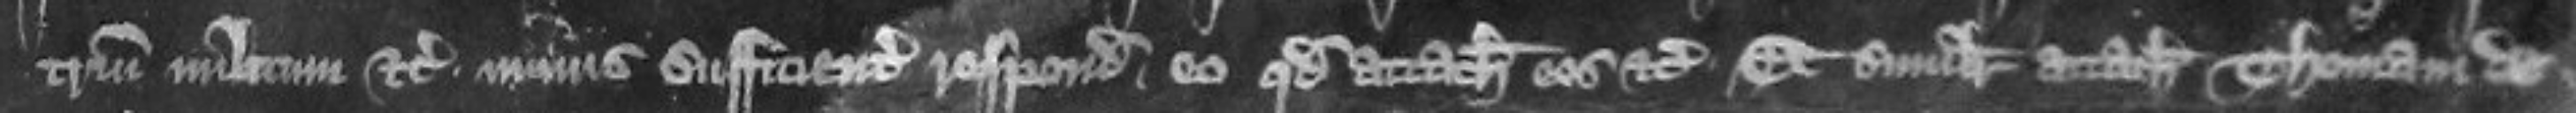
trium militum etc minus sufficienter respondet eo quod attachiavit eos etc et similiter attachiavit Thomam de